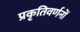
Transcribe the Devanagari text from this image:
प्रकृतिवर्णनों